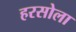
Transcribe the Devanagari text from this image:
हरसोला